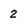
Character: 2